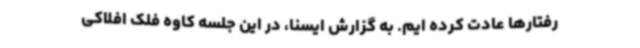
رفتارها عادت کرده ایم. به گزارش ایسنا، در این جلسه کاوه فلک افلاکی